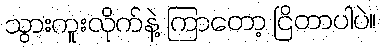
သွားကူးလိုက်နဲ့ ကြာတော့ ငြိတာပါပဲ။